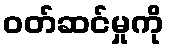
ဝတ်ဆင်မှုကို